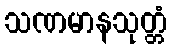
သဏမာနသုတ္တံ